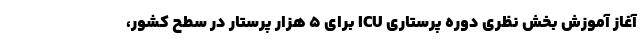
آغاز آموزش بخش نظری دوره پرستاری ICU برای ۵ هزار پرستار در سطح کشور،